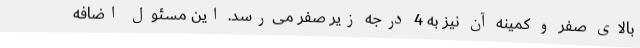
بالای صفر و کمینه آن نیز به 4 درجه زیر صفر می‌رسد. این مسئول اضافه